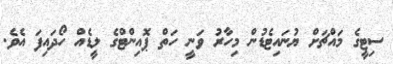
ސިޓީގެ މައްޗަށް ޔުނައިޓެޑުން މިހާރު ވަނީ ހަތް ޕޮއިންޓްގެ ލީޑެއް ހޯދައިފަ އެވެ.